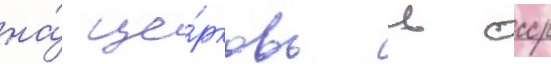
на́ це́рковь в ссср